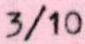
3/10